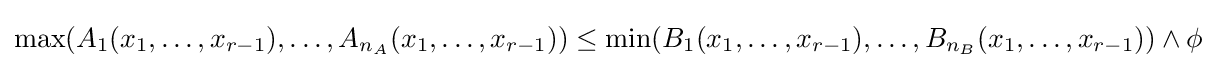
\max(A_{1}(x_{1},\dots ,x_{r-1}),\dots ,A_{n_{A}}(x_{1},\dots ,x_{r-1}))\leq \min(B_{1}(x_{1},\dots ,x_{r-1}),\dots ,B_{n_{B}}(x_{1},\dots ,x_{r-1}))\wedge \phi